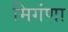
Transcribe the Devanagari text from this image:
मिगंणा